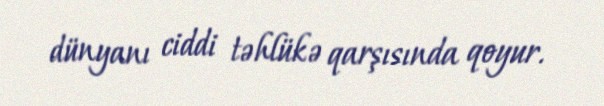
dünyanı ciddi təhlükə qarşısında qoyur.